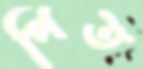
পিত